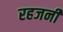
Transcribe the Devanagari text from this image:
रहजनी